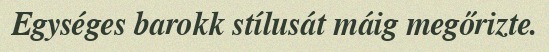
Egységes barokk stílusát máig megőrizte.